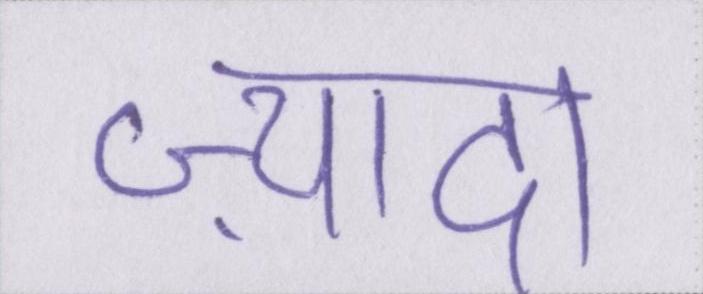
ज़्यादा